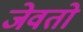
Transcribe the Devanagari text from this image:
जेवतो